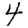
Digit: 4